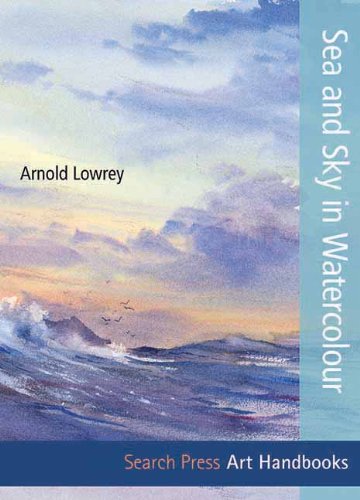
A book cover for Sea and Sky in Watercolour (Art Handbooks); Arnold Lowrey; Arts & Photography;